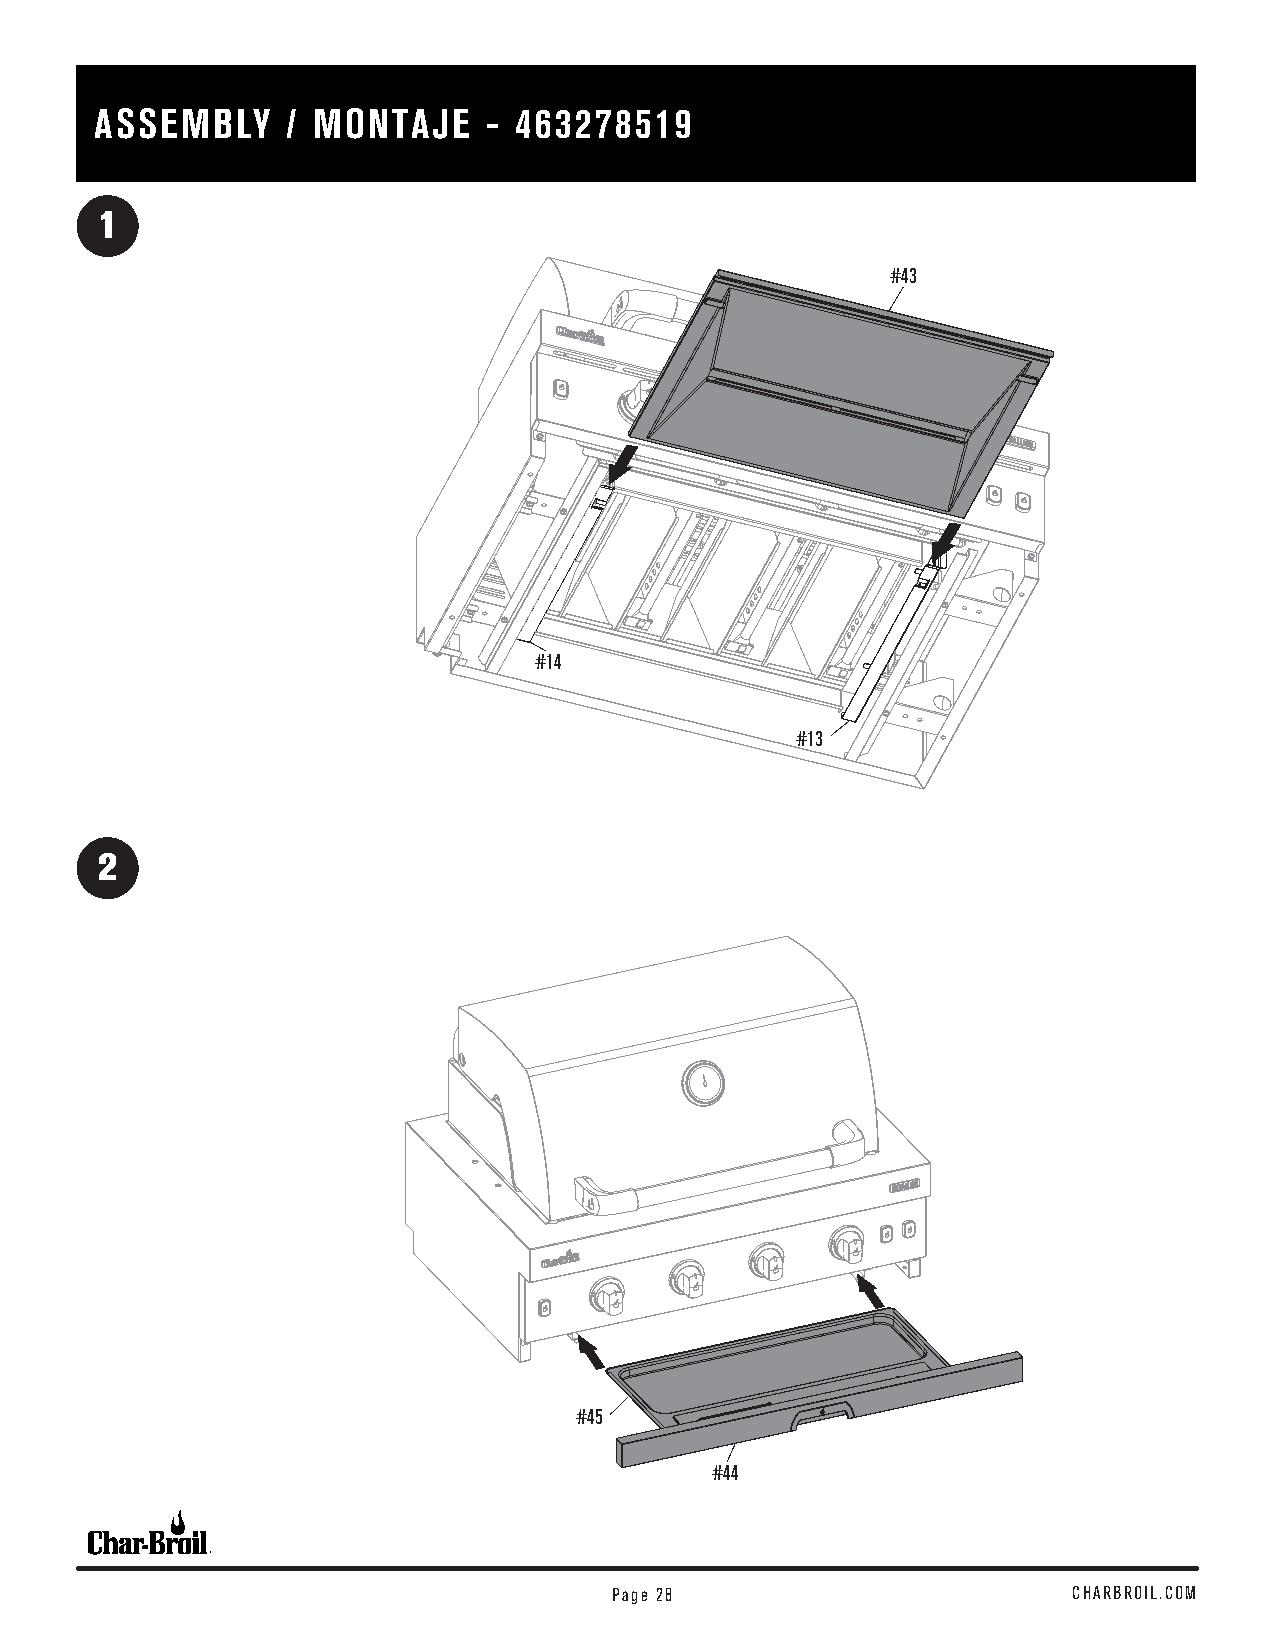
ASSEMBLY     / MONTAJE    - 463278519
 1
 #43
 #14
 #13
 2
 #45
 #44
 Page 28                       CHARBROIL.COM